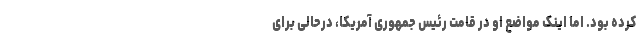
کرده بود. اما اینک مواضع او در قامت رئیس جمهوری آمریکا، درحالی برای